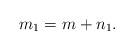
LaTeX: \begin{align*}m_1=m+n_1. \end{align*}